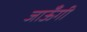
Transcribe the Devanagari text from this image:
जाऊँगी